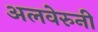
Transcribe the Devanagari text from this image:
अलवेरुनी